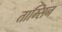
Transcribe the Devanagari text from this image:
ताम्सिन